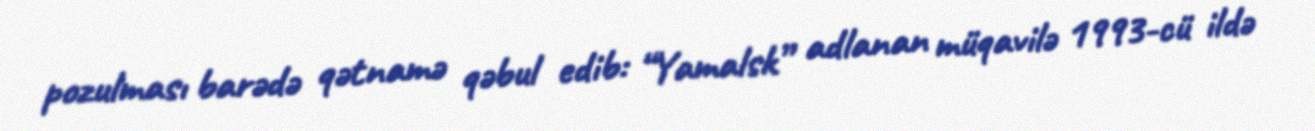
pozulması barədə qətnamə qəbul edib: “Yamalsk” adlanan müqavilə 1993-cü ildə